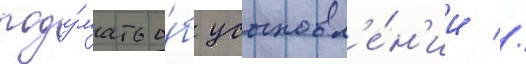
поду́мать о́б усыновл'е́н'ии //